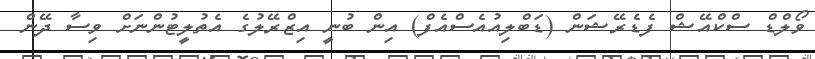
ވޯލްޑް ސްކްއޭޝް ފެޑެރޭޝަން (ޑަބްލިއުއެސްއެފް) އިން ބުނީ އިޒްރޭލުގެ އެތުލީޓުންނަށް ވިސާ ދޭން